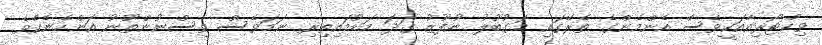
ވިކްޓޯރިއާއަކީވެސް އެންމެންގެ ތެރޭގައި މަގުބޫލު ނުފޫޒު ގަދަ މަޑުމައިތިރި ނަމަވެސް ވިސްނުންތޫނު އަންހެނެކެވެ.